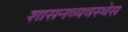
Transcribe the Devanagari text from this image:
शासनव्यवस्थेस